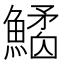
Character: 𩻎